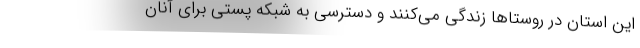
این استان در روستاها زندگی می‌کنند و دسترسی به شبکه پستی برای آنان